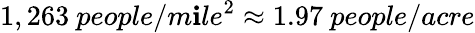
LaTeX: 1,263~people/m\mathbf{i}le^{2}\approx1.97~people/acre